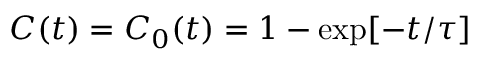
C ( t ) = C _ { 0 } ( t ) = 1 - \exp [ - t / \tau ]